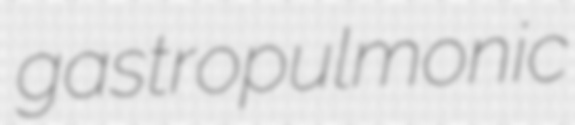
gastropulmonic